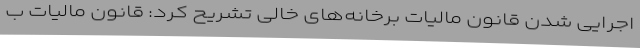
اجرایی شدن قانون مالیات برخانه‌های خالی تشریح کرد: قانون مالیات ب